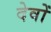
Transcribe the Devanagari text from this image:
देवोँ